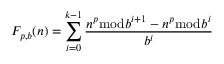
F _ { p , b } ( n ) = \sum _ { i = 0 } ^ { k - 1 } { \frac { n ^ { p } { \bmod { b ^ { i + 1 } } } - n ^ { p } { \bmod { b } } ^ { i } } { b ^ { i } } }